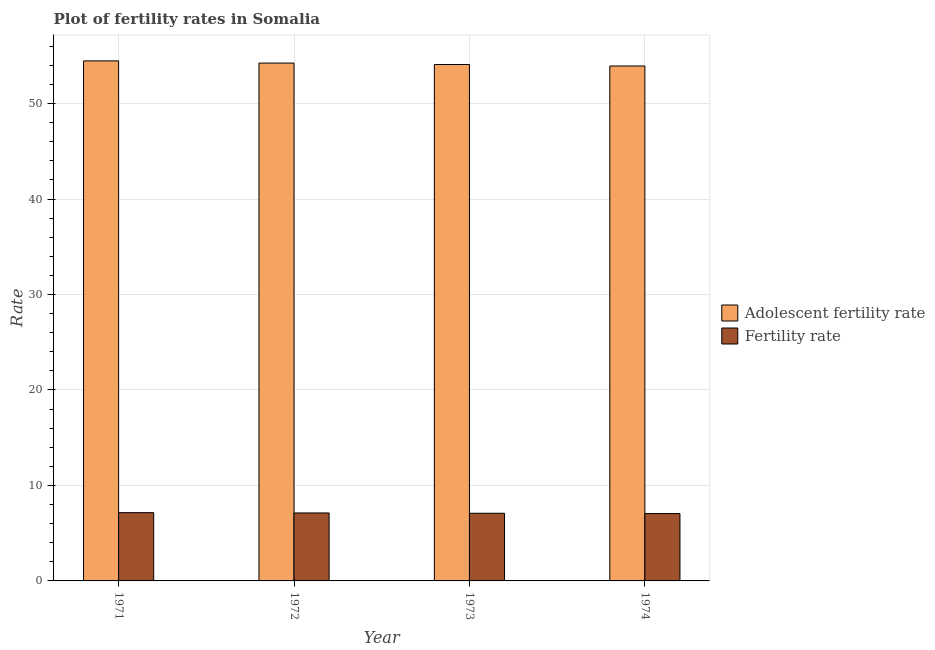
| Year | Adolescent fertility rate | Fertility rate |
 | --- | --- | --- |
 | 1971 | 54.5 | 7.15 |
 | 1972 | 54.2 | 7.12 |
 | 1973 | 54.1 | 7.09 |
 | 1974 | 53.9 | 7.06 |